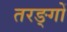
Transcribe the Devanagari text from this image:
तरङ्गों